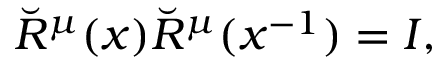
\breve { R } ^ { \l \mu } ( x ) \breve { R } ^ { \mu \l } ( x ^ { - 1 } ) = I ,